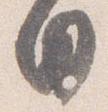
日